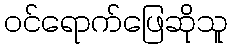
ဝင်ရောက်ဖြေဆိုသူ